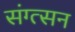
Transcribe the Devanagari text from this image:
संग्त्सन